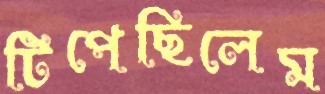
টিপেছিলেম